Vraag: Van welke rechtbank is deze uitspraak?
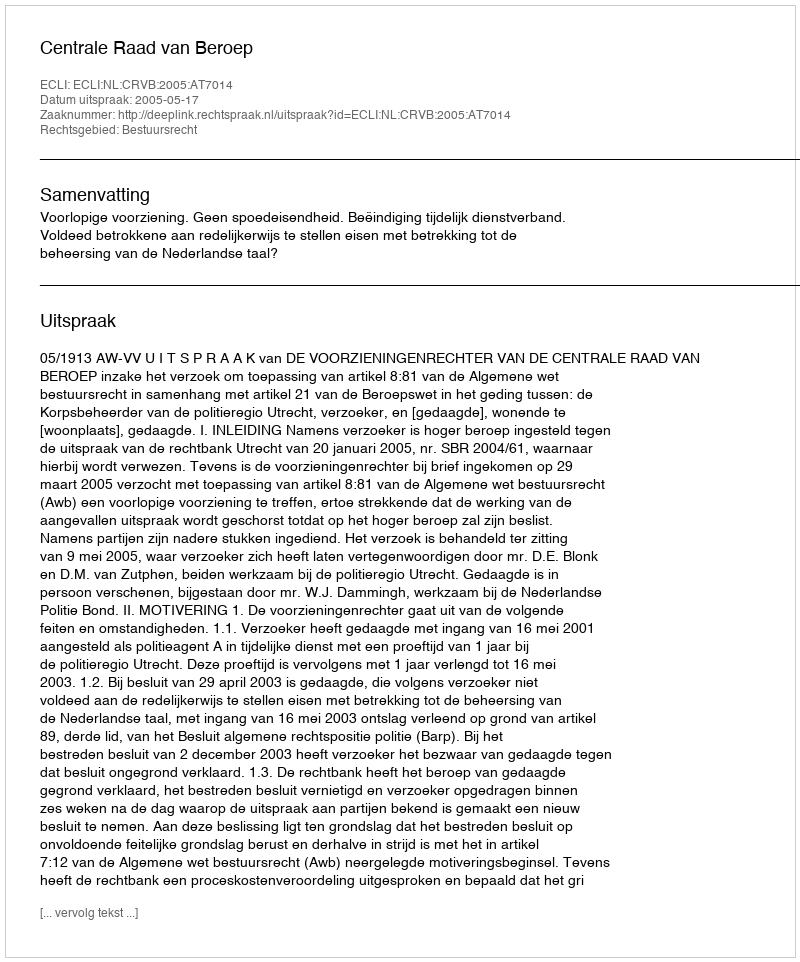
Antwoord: Centrale Raad van Beroep